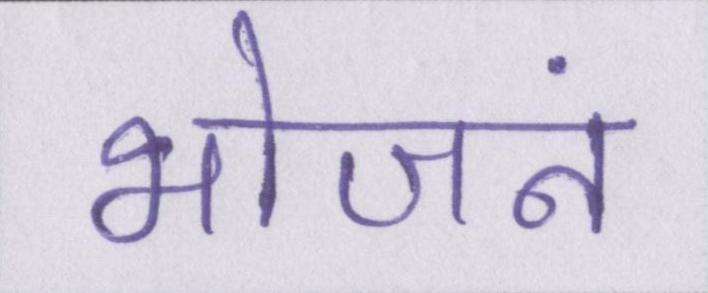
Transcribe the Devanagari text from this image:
भोजनं